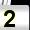
Digit: 2